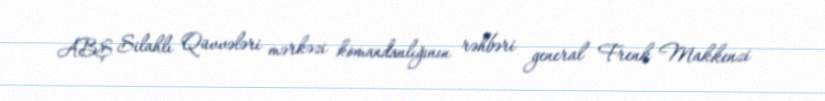
ABŞ Silahlı Qüvvələri mərkəzi komandanlığının rəhbəri general Frenk Makkenzi